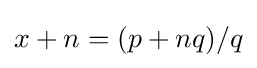
x+n=(p+nq)/q